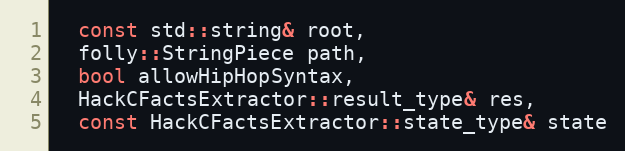
Language: C++
  const std::string& root,
  folly::StringPiece path,
  bool allowHipHopSyntax,
  HackCFactsExtractor::result_type& res,
  const HackCFactsExtractor::state_type& state